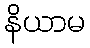
နိယာမ